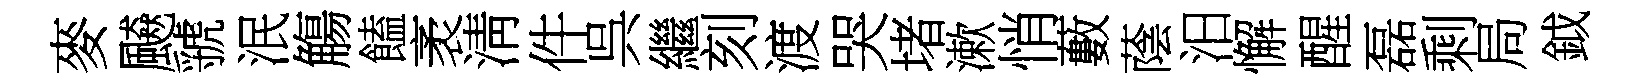
麥飇虢泯觴饁袤淸件呉繼刻渡哭堵漱悄藪蔭汨懈醒磊剩局鉞